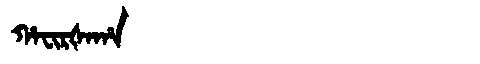
Manchu: ᡥᠠᠸᡳᡵᡧᠠᡥᠠ
Romanization: HAFIRŠAHA